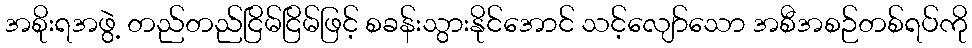
အစိုးရအဖွဲ့ တည်တည်ငြိမ်ငြိမ်ဖြင့် စခန်းသွားနိုင်အောင် သင့်လျော်သော အစီအစဉ်တစ်ရပ်ကို